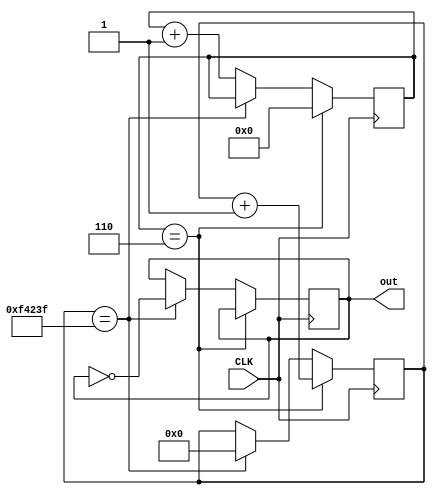
module ClockDivider #(
    parameter CLOCK_SPEED_MHZ = 12,
    parameter MS = 1000
) (
    output reg  out,
    input  wire CLK
);
    localparam HALF_CLOCK_SPEED = CLOCK_SPEED_MHZ / 2;
    localparam SEC = (MS * 1000) - 1;
    reg [$clog2(CLOCK_SPEED_MHZ):0] counter = 0;
    reg [$clog2(SEC):0] sec = 0;

    always @(posedge CLK) begin


        if (counter == HALF_CLOCK_SPEED) begin
            counter <= 0;
            sec <= sec + 1;
        end else if (sec == SEC) begin
            sec <= 0;
            out <= ~out;
        end else begin
            counter <= counter + 1;
        end
    end



endmodule